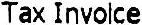
TAX INVOICE